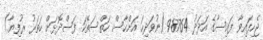
ޖެހިފައިވާ ފައިސާގެ އަދަދު 98764 (ނުވަދިހަ އަށްހާސް ހަތްސަތޭކަ ފަސްދޮޅަށް ހަތަރު ރުފިޔާ)